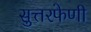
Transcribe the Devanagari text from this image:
सुत्तरफेणी